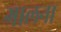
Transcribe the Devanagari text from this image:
गालना